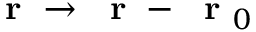
\mathrm { ~ \bf ~ r ~ } \to \mathrm { ~ \bf ~ r ~ } - \mathrm { ~ \bf ~ r ~ } _ { 0 }